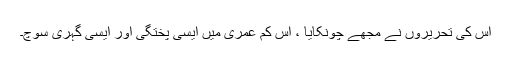
اس کی تحریروں نے مجھے چونکایا ، اس کم عمری میں ایسی پختگی اور ایسی گہری سوچ۔